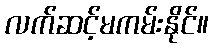
လက်ဆင့်မကမ်းနိုင်။